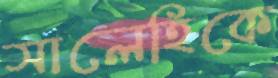
সালেহিকে